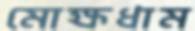
মোক্ষধাম